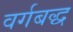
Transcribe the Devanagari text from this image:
वर्गबद्ध